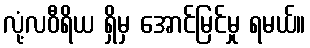
လုံ့လဝီရိယ ရှိမှ အောင်မြင်မှု ရမယ်။